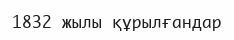
1832 жылы құрылғандар